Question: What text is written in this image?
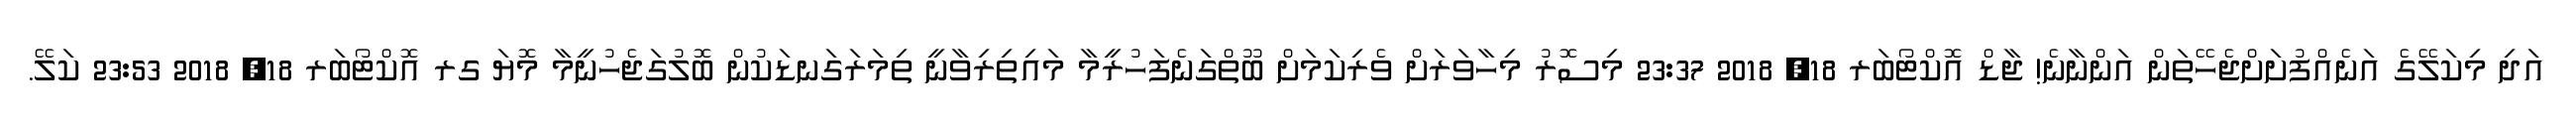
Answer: އަދި މިކަލޭގެ އަނެއްފުށަށްޖެހޭތަން އަންނާނެ! ޖާޑް އޮކްޓޯބަރ 18, 2018 23:37 މިސޮރު މިހާވަރަށް ވެރިކަމަށް ބޫތްގަނެފަހުރީމާ މައިތިރިވާނީ ތިމަރަގަނޑަކުން ބޮލުގަޖެހުނީމާ މޮޔަ ގރ އޮކްޓޯބަރ 18, 2018 23:53 ކަލޭ.